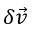
\delta \vec { v }